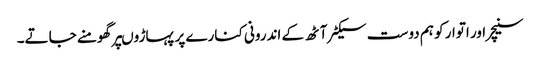
سنیچر اور اتوار کو ہم دوست سیکٹر آٹھ کے اندرونی کنارے پر پہاڑوںپر گھومنے جاتے۔